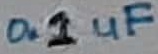
Text: 0.1uF